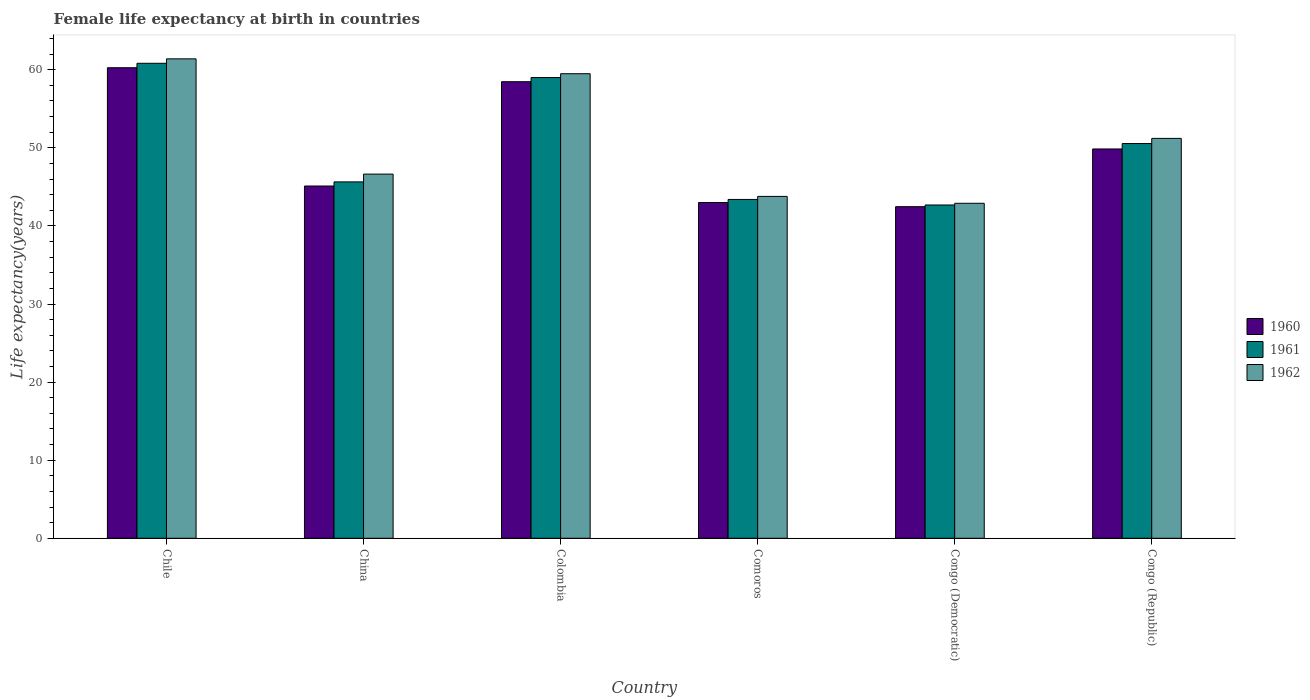
| Country | 1960 | 1961 | 1962 |
 | --- | --- | --- | --- |
 | Chile | 60.3 | 60.8 | 61.4 |
 | China | 45.1 | 45.6 | 46.6 |
 | Colombia | 58.5 | 59 | 59.5 |
 | Comoros | 43 | 43.4 | 43.8 |
 | Congo (Democratic) | 42.5 | 42.7 | 42.9 |
 | Congo (Republic) | 49.9 | 50.6 | 51.2 |